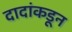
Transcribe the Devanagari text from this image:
दादांकडून